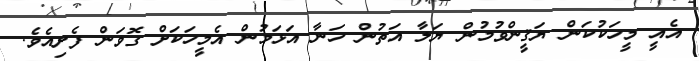
އެއީ މީހަކުކަން ޔަޤީންވުމުން ޔަލާ އަތުން ހަނާ އަޅަމުން އެމީހަކަށް ގޮވަން ފެށިއެވެ.